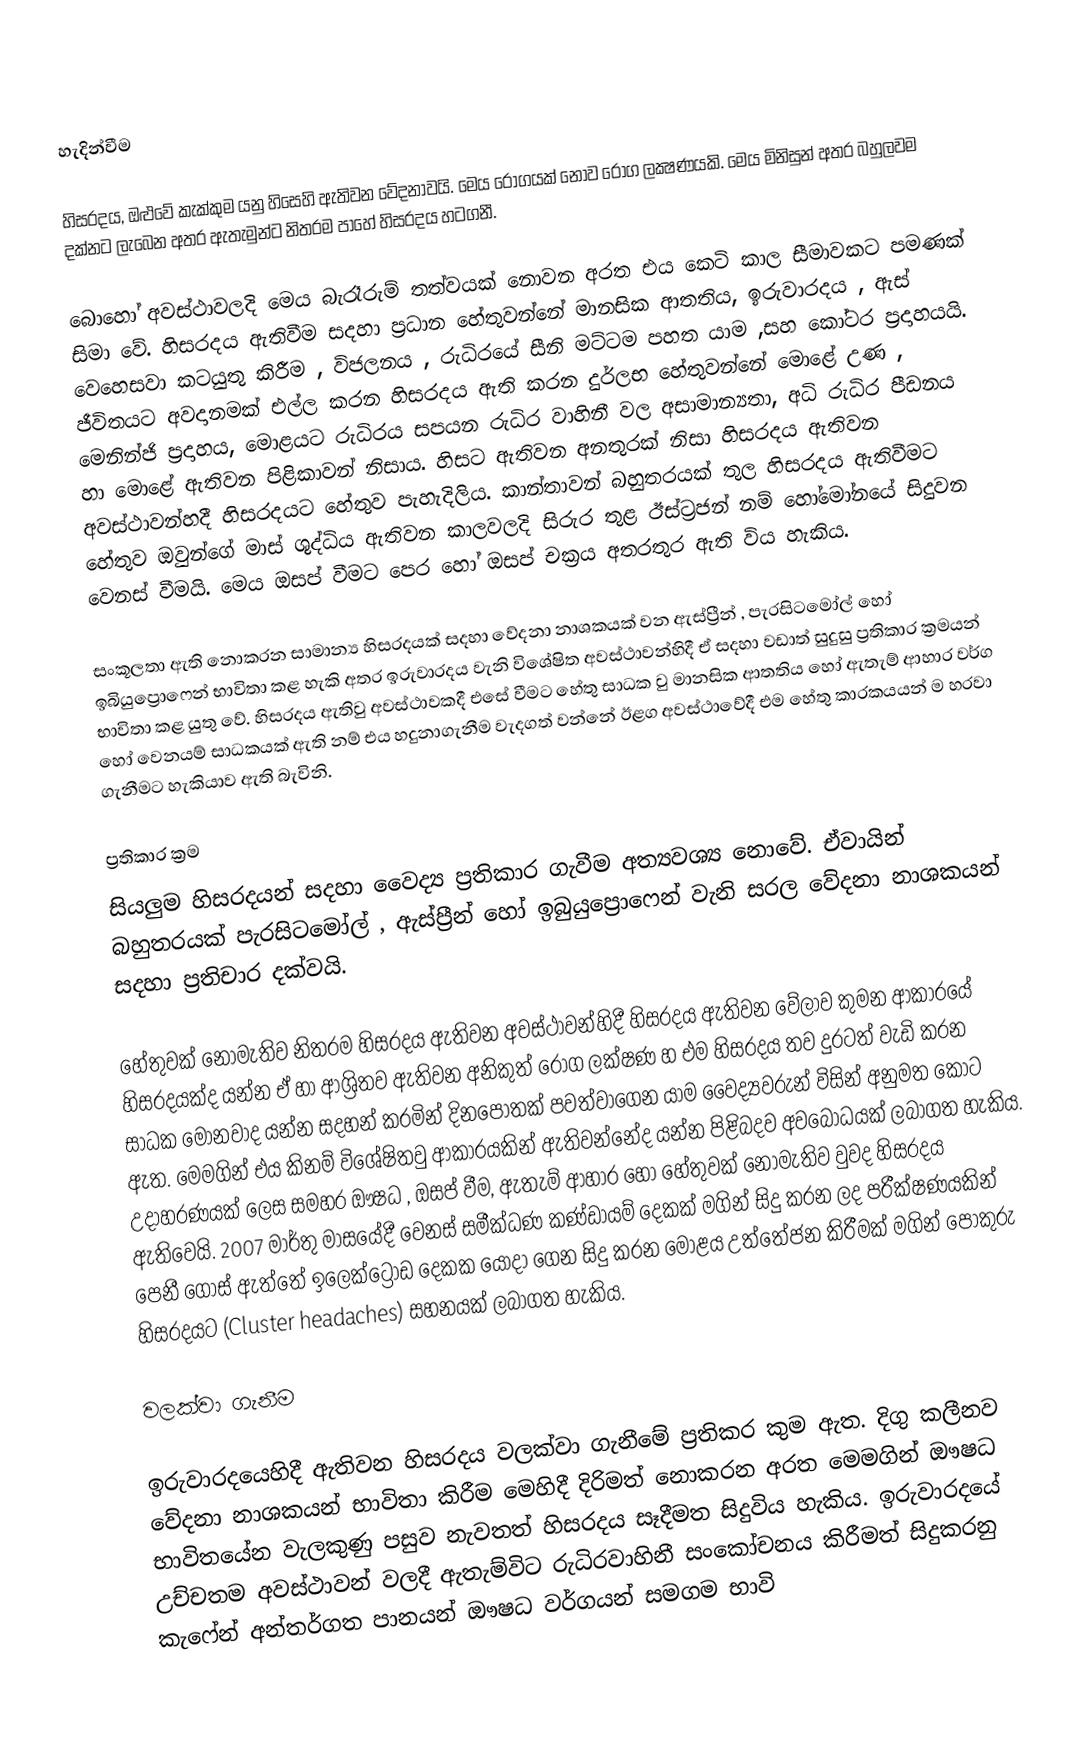

හැදින්වීම

හිසරදය, ඔළුවේ කැක්කුම යනු හිසෙහි ඇතිවන වේදනාවයි. මෙය රෝගයක් නොව රෝග ලක්‍ෂණයකි. මෙය මිනිසුන් අතර බහුලවම දක්නට ලැබෙන අතර ඇතැමුන්ට නිතරම පාහේ හිසරදය හටගනී.

බොහෝ අවස්ථාවලදි මෙය බැරෑරුම් තත්වයක් නොවන අරත එය කෙටි කාල සීමාවකට පමණක් සිමා වේ. හිසරදය ඇතිවීම සදහා ප්‍රධාන හේතුවන්නේ මානසික ආතතිය, ඉරුවාරදය , ඇස් වෙහෙසවා කටයුතු කිරීම , විජලනය , රුධිරයේ සීනි මට්ටම පහත යාම ,සහ කෝටර ප්‍රදාහයයි. ජීවිතයට අවදානමක් එල්ල කරන හිසරදය ඇති කරන දුර්ලභ හේතුවන්නේ මො‍ළේ උණ , මෙනින්ජි ප්‍රදාහය, මොළයට රුධිරය සපයන රුධිර වාහිනී වල අසාමාන්‍යතා, අධි රුධිර පීඩනය හා ‍මොළේ ඇතිවන පිළිකාවන් නිසාය. හිසට ඇතිවන අනතුරක් නිසා හිසරදය ඇතිවන අවස්ථාවන්හදී හිසරදයට හේතුව ‍පැහැදිලිය. කාන්තාවන් බහුතරයක් තුල හිසරදය ඇතිවීමට හේතුව ඔවුන‍්ගේ මාස් ශුද්ධිය ඇතිවන කාලවලදි සිරුර තුළ ඊස්ට්‍රජන් නම් හෝමෝනයේ සිදුවන වෙනස් වීමයි. මෙය ඔසප් වීමට පෙර හෝ ඔසප් චක්‍රය අතරතුර ඇති විය හැකිය.

සංකූලතා ඇති නොකරන සාමාන්‍ය හිසරදයක් සදහා වේදනා නාශකයක් වන ඇස්ප්‍රීන් , පැරසිටමෝල් හෝ ඉබියුප්‍රොෆෙන් භාවිතා කළ හැකි අතර ඉරුවාරදය වැනි විශේෂිත අවස්ථාවන්හිදී ඒ සදහා වඩාත් සුදුසු ප්‍රතිකාර ක්‍රමයන් භාවිතා කළ යුතු වේ. හිසරදය ඇතිවු අවස්ථාවකදී එසේ වීමට හේතු සාධක වු මානසික ආතතිය හෝ ඇතැම් ආහාර වර්ග හෝ වෙනයම් සාධකයක් ඇති නම් එය හදුනාගැනීම වැදගත් වන්නේ ඊළග අවස්ථාවේදී එම හේතු කාරකයයන් ම හරවා ගැනීමට හැකියාව ඇති බැවිනි.

ප්‍රතිකාර ක්‍රම
සියලුම හිසරදයන් සදහා වෛද්‍ය ප්‍රතිකාර ගැවීම අත්‍යවශ්‍ය නොවේ. ඒවායින් බහුතරයක් පැරසිටමෝල් , ඇස්ප්‍රීන් හෝ ඉබුයුප්‍රොෆෙන් වැනි සරල වේදනා නාශකයන් සදහා ප්‍රතිචාර දක්වයි.

හේතුවක් නොමැතිව නිතරම හිසරදය ඇතිවන අවස්ථාවන්හිදී හිසරදය ඇතිවන වේලාව කුමන ආකාරයේ හිසරදයක්ද යන්න ඒ හා ආශ්‍රිතව ඇතිවන අනිකුත් රෝග ලක්ෂණ හ එම හිසරදය තව දුරටත් වැඩි කරන සාධක මොනවාද යන්න සදහන් කරමින් දිනපොතක් පවත්වාගෙන යාම වෛද්‍යවරුන් විසින් අනුමත කොට ඇත. මෙමගින් එය කිනම් විශේෂිතවු ආකාරයකින් ඇතිවන්නේද යන්‍න පිළිබදව අවබෝධයක් ලබාගත හැකිය. උදාහරණයක් ලෙස සමහර ඖෂධ , ඔසප් වීම, ඇතැම් ආහාර හෝ හේතුවක් නොමැතිව වුවද හිසරදය ඇතිවෙයි. 2007 මාර්තු මාසයේදී වෙනස් සමීක්ධණ කණ්ඩායම් දෙකක් මගින් සිදු කරන ලද පරීක්ෂණයකින් පෙනී ගොස් ඇත්තේ ඉලෙක්ට්‍රෝඩ දෙකක යොදා ගෙන සිදු කරන මොළය උත්තේජන කිරීමක් මගින් පොකුරු හිසරදයට (Cluster headaches) සහනයක් ලබාගත හැකිය.

වලක්වා ගැනීම

ඉරුවාරදයෙහිදී ඇතිවන හිසරදය වලක්වා ගැනීමේ ප්‍රතිකර කුම ඇත. දිගු කලීනව වේදනා නාශකයන් භාවිතා කිරීම මෙහිදී දිරිමත් නොකරන අරත මෙමගින් ඖෂධ භාවිතයේන වැලකුණු පසුව නැවතත් හිසරදය සෑදීමත සිදුවිය හැකිය. ඉරුවාරදයේ උච්චතම අවස්ථාවන් වලදී ඇතැම්විට රුධිරවාහිනී සං‍කෝචනය කිරීමත් සිදුකරනු කැෆේන් අන්තර්ගත පානයන් ඖෂධ වර්ගයන් සමගම භාවි